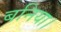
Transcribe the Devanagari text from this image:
बनिया।